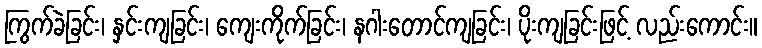
ကြွက်ခဲခြင်း၊ နှင်းကျခြင်း၊ ကျေးကိုက်ခြင်း၊ နဂါးတောင်ကျခြင်း၊ ပိုးကျခြင်းဖြင့် လည်းကောင်း။